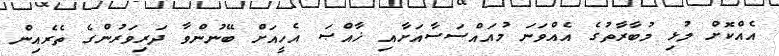
އެއްކޮށް މުޅި މުބާރާތުގެ އެއްވަނަ މުއައްސަސާއަށާއި ޚާއްޞަ އެހީއަށް ބޭނުންވާ ދަރިވަރުންގެ ތެރެއިން